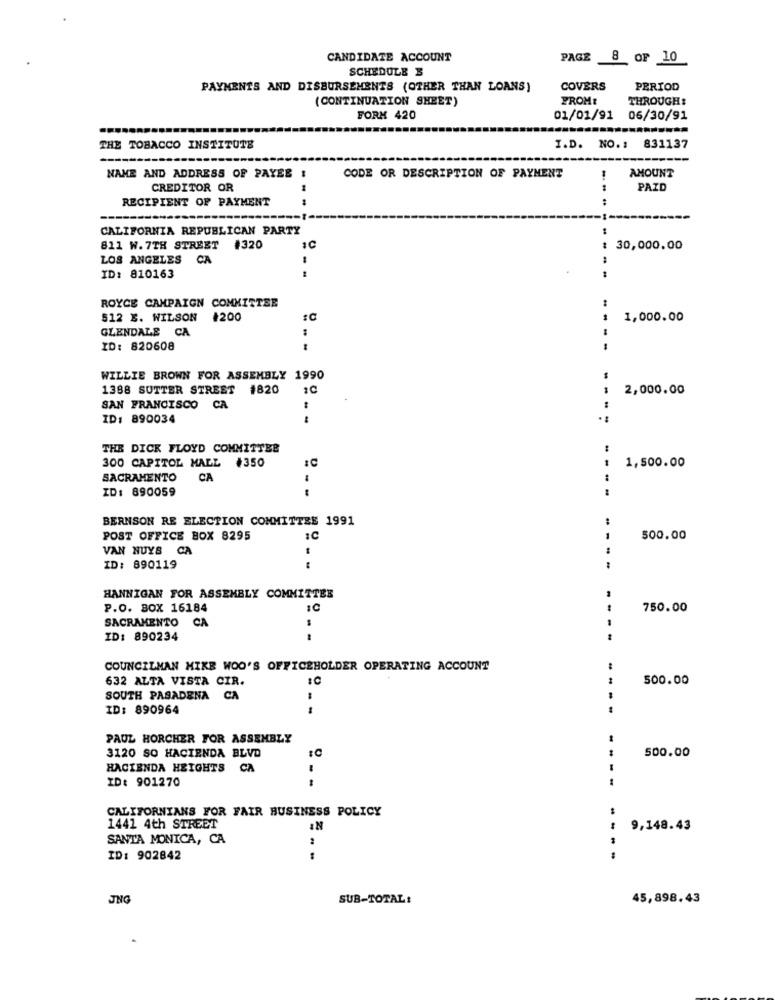
CANDIDATE ACCOUNT
PAGE 8 OF 10
SCHEDULE
PAYMENTS AND DISBURSEMENTS (OTHER THAN LOANS)
COVERS
PERIOD
(CONTINUATION SHEET)
PROME
THROUGH:
FORM 420
01/01/91 06/30/91
THE TOBACCO INSTITUTE
I.D. NO .: 831137
NAME AND ADDRESS OF PAYEE
CODE OR DESCRIPTION OF PAYMENT
AMOUNT
CREDITOR OR
PAID
RECIPIENT OF PAYMENT
--
CALIFORNIA REPUBLICAN PARTY
811 W.7TH STREET #320
1C
30,000.00
LOS ANGELES CA
----
ID: 810163
ROYCE CAMPAIGN COMMITTEE
512 E. WILSON #200
1,000.00
GLENDALE CA
ID: 820608
WILLIE BROWN FOR ASSEMBLY 1990
1388 SUTTER STREET
#820
2,000.00
SAN FRANCISCO CA
ID: 890034
--
THE DICK FLOYD COMMITTEE
1,500.00
300 CAPITOL MALL +350
SACRAMENTO
CA
ID: 890059
BERNSON RE ELECTION COMMITTEE 1991
POST OFFICE BOX 8295
:C
500.00
VAN NUYS CA
ID: 890119
-
HANNIGAN FOR ASSEMBLY COMMITTEE
P.O. BOX 16184
750.00
SACRAMENTO CA
ID: 890234
COUNCILMAN MIKE WOO'S OFFICEHOLDER OPERATING ACCOUNT
632 ALTA VISTA CIR.
:0
500.00
SOUTH PASADENA CA
ID: 890964
--
PAUL HORCHER FOR ASSEMBLY
3120 SO HACIENDA BLVD
500.00
HACIENDA HEIGHTS CA
ID: 901270
--
CALIFORNIANS FOR FAIR BUSINESS POLICY
1441 4th STREET
9,148.43
SANTA MONICA, CA
ID: 902842
....
JNG
SUB-TOTAL:
45,898.43